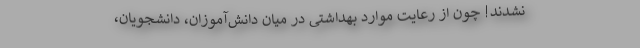
نشدند! چون از رعایت موارد بهداشتی در میان دانش‌آموزان، دانشجویان،